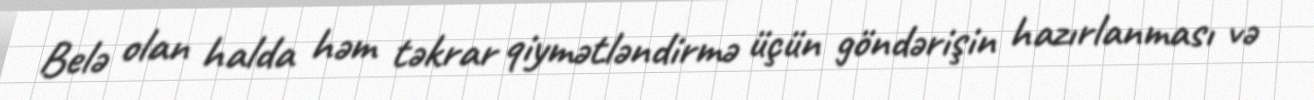
Belə olan halda həm təkrar qiymətləndirmə üçün göndərişin hazırlanması və